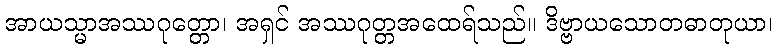
အာယသ္မာအဿဂုတ္တော၊ အရှင် အဿဂုတ္တအထေရ်သည်။ ဒိဗ္ဗာယသောတဓာတုယာ၊